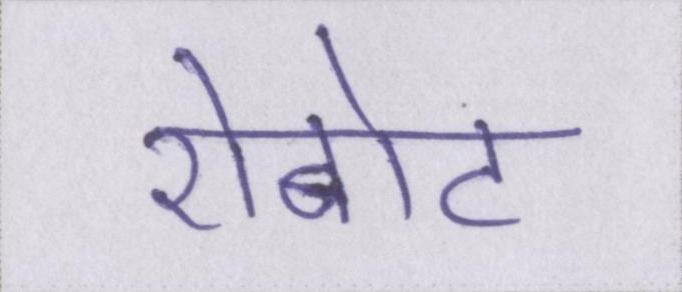
रोबोट